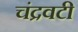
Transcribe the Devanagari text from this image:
चंद्रवटी